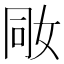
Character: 𡜝